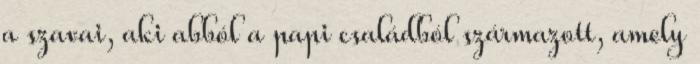
a szavai, aki abból a papi családból származott, amely